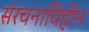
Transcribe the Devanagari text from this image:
संरचनाविहीन